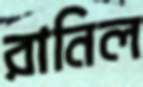
রানিল